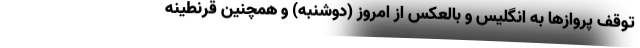
توقف پروازها به انگلیس و بالعکس از امروز (دوشنبه) و همچنین قرنطینه